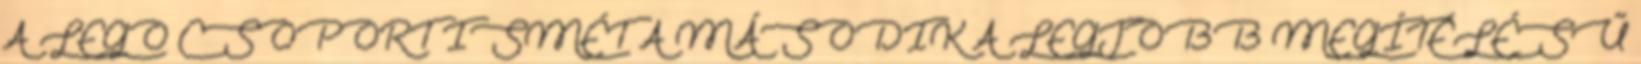
A LEGO CSOPORT ISMÉT A MÁSODIK A LEGJOBB MEGÍTÉLÉSŰ